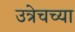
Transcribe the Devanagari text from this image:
उत्रेचच्या